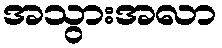
အသွားအလာ